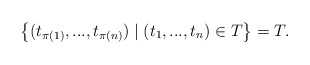
\begin{align*}\left\{ (t_{\pi(1)},...,t_{\pi(n)}) \mid (t_1,...,t_n) \in T \right\} = T.\end{align*}